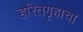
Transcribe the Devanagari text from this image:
हरितगृहाचा